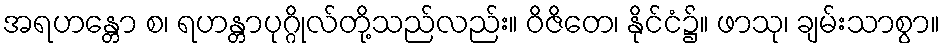
အရဟန္တော စ၊ ရဟန္တာပုဂ္ဂိုလ်တို့သည်လည်း။ ဝိဇိတေ၊ နိုင်ငံ၌။ ဖာသု၊ ချမ်းသာစွာ။